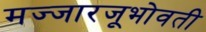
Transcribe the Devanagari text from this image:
मज्जारजूभोवती